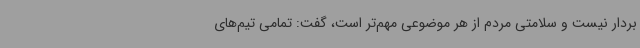
بردار نیست و سلامتی مردم از هر موضوعی مهم‌تر است، گفت: تمامی تیم‌های